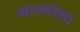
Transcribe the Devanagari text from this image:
गलगोथा